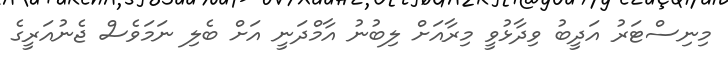
މިނިސްޓަރު އަދީބު ވިދާޅުވީ މިރާއަށް ލިބުނު އާމްދަނީ އަށް ބެލި ނަމަވެސް ޖެނުއަރީގެ